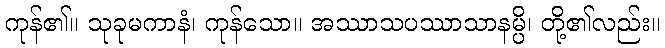
ကုန်၏။ သုခုမကာနံ၊ ကုန်သော။ အဿာသပဿာသာနမ္ပိ၊ တို့၏လည်း။